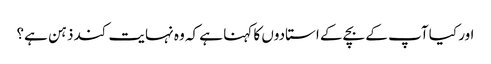
اور کیا آپ کے بچے کے استادوں کا کہنا ہے کہ وہ نہایت کند ذہن ہے؟